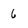
Character: 6